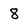
Character: 8